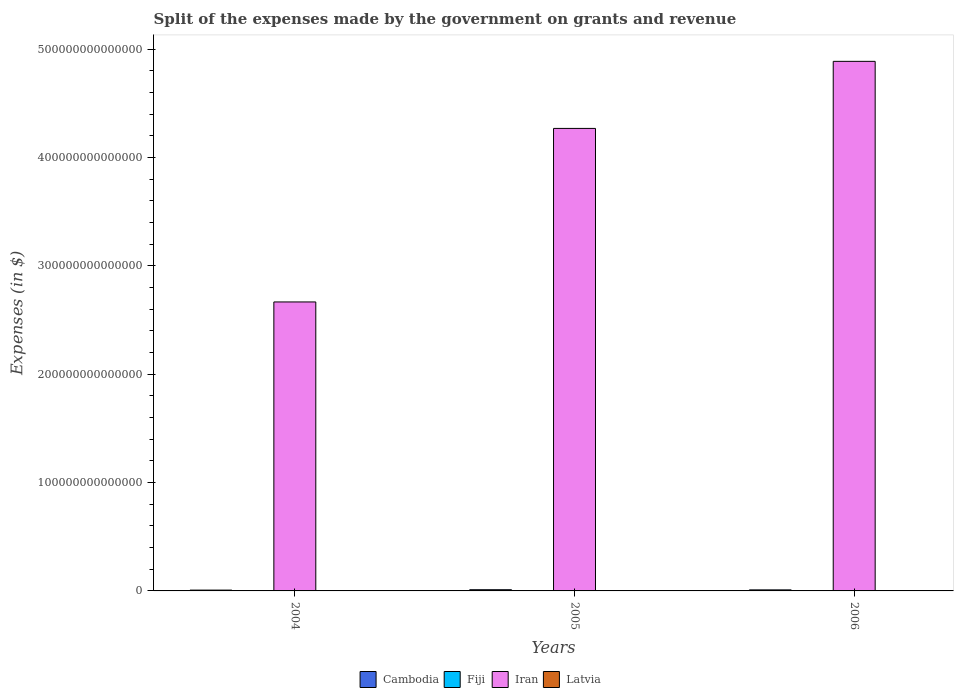
| Years | Cambodia | Fiji | Iran | Latvia |
 | --- | --- | --- | --- | --- |
 | 2004 | 7.57e+11 | 1.27e+08 | 2.67e+14 | 4.03e+08 |
 | 2005 | 1.1e+12 | 1.38e+08 | 4.27e+14 | 5.18e+08 |
 | 2006 | 9.57e+11 | 1.28e+08 | 4.89e+14 | 5.75e+08 |